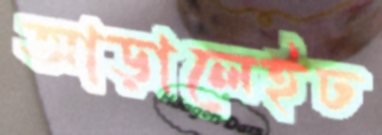
আড়ালেইঢ